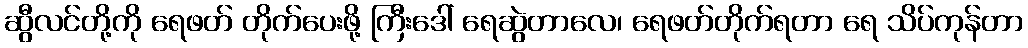
ဆွီလင်တို့ကို ရေဖတ် တိုက်ပေးဖို့ ကြီးဒေါ် ရေဆွဲတာလေ၊ ရေဖတ်တိုက်ရတာ ရေ သိပ်ကုန်တာ